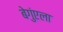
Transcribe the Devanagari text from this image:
बेगुंएला